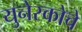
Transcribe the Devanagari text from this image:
युनेस्‍कोचे